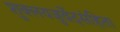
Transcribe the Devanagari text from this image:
शुक्लयजुर्वेदसंहिता